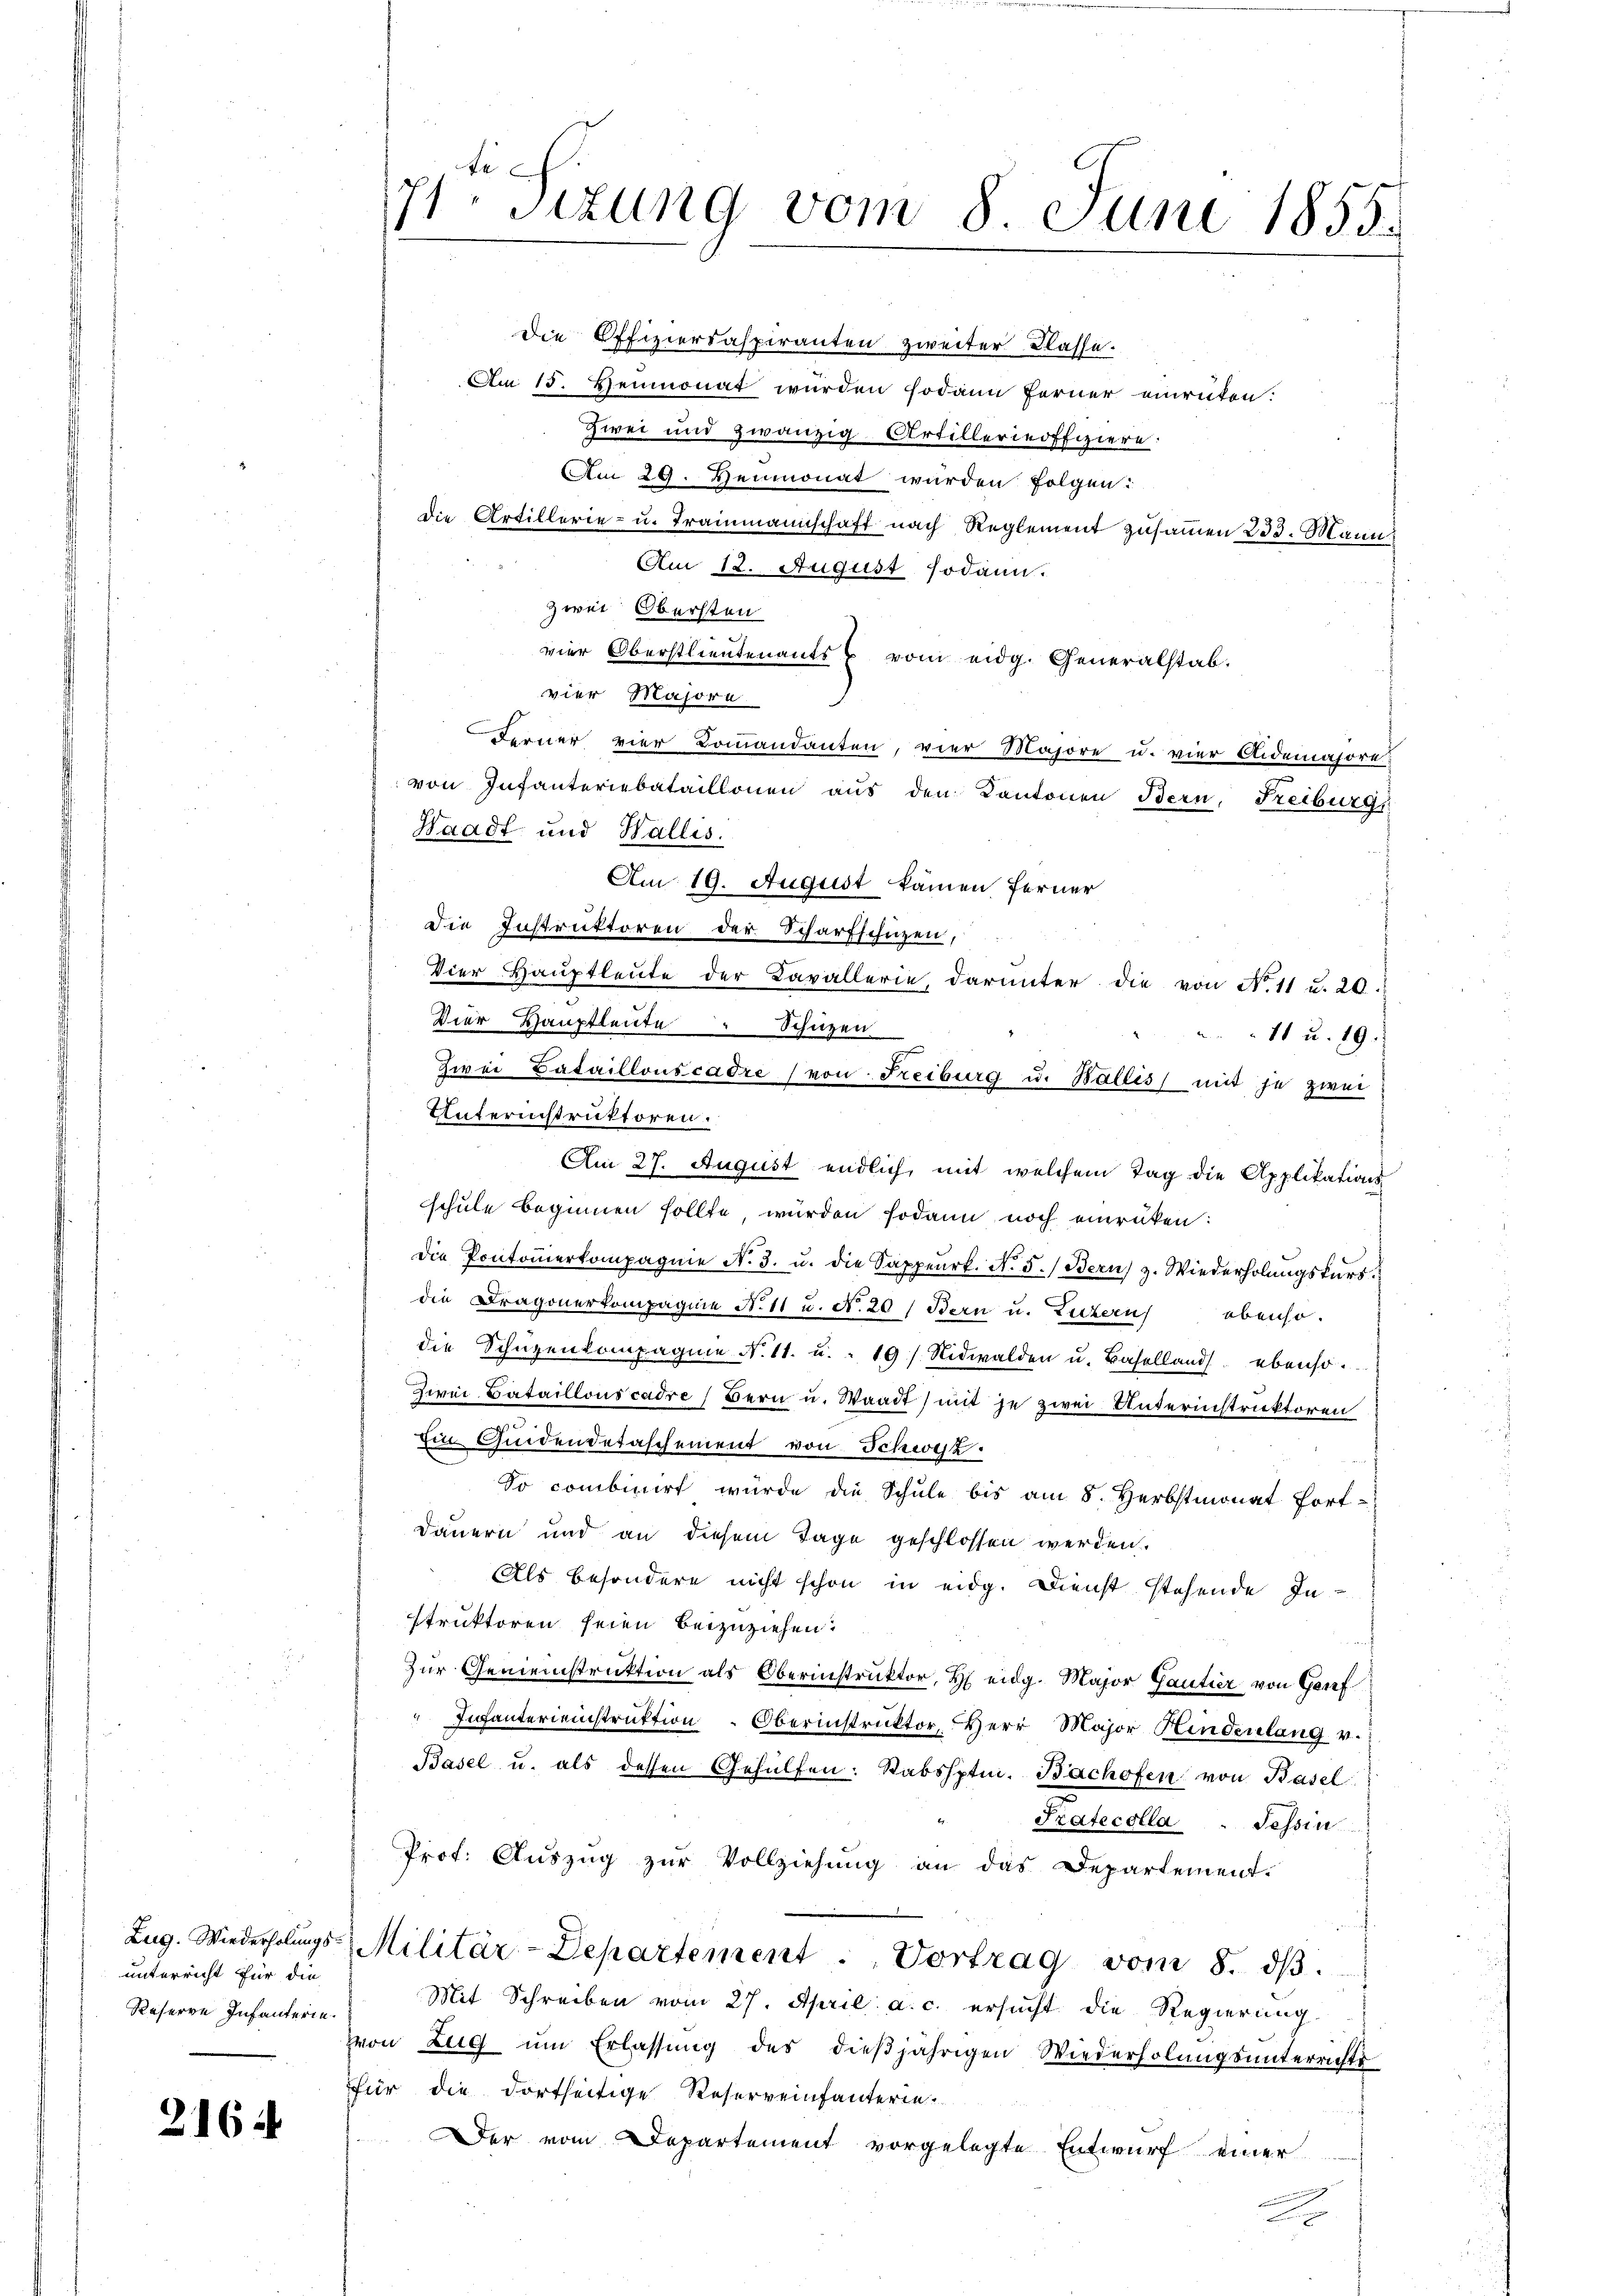
unterricht für die
Reserve Infanterie.

216

te
71. Sizung vom 8. Juni 1855.

Die Offiziersaspiranten zweiter Klasse.
Am 15. Heumonat wurden sodann ferner einrüken.
Zwei und zwanzig-Artillerinoffiziere:
Am 29. Heumonat wurden folgen:
Die Artillerie- u. Trainmannschaft nach Reglement zusammen 233. Mann
Am 12. August sodann.
zwei Obersten
vier Oberstlieutenants u vom eidg. Generalstab.
vier Majore
Ferner vier Kommandanten, vier Majore u. vier Aidemajore
von Infanteriebataillonen aus den Kantonen Bern, Freiburgi
Waadt und Wallis.
Am 19. August kamen ferner
die Instruktoren der Scharfschüzen,
Vier Haŭptleŭte der Cavallerie, darunter die von N. 11 u. 20.
Dier Hauptleute Schüzen
11 u. 19.
Zwei Bataillonscadre (von Freiburg u. Balles mit je zwei
Unferinstruktoren.
Am 27. August endlich mit welchem Tag die Applikations-
schule beginnen sollte, wurden sodann noch einrüken:
die Pontoṁerkompagnie N. 3. u. die Sappeurk. N. 5.) Bern, z. Wiederholungskursdie Dragonerkompagnie N. 11 u. N. 20) Bern u. Luzern obenso.
die Schüzenkompagnie N. 11. u. . 19) Nidwalden u. Baselland ebenso.
Zwei Bataillonscadre (Bern u. Waadt) mit je zwei Unterinstruktoren
.
Ein Quidendetaschement von Schwyz.
So combinirt würde die Schule bis am 8. Herbstmonat Fort-
Dauern und an diesem Tage geschlossen werden.
Als besondere nicht schon in eidg. Dienst stehende In-
struktoren seien beizuziehen.
Zur Gemeinstruktion als Oberinstruktor, H. eidg. Major Gautier von Genf
" Infanterienstruktion Oberinstruktor Herr Major Hinderlang v.
Basel u. als dessen Gehülfen: Stabshptm. Bachofen von Basel
Pratecolla : Tessin
Prof. Auszug zur Vollziehung an das Departement.
Lŭg. Wiederholŭngs-, Militär-Departement . Vortrag vom 8. dβ.
Mit Schreiben vom 27. April a. c. ersucht die Regierung
von Zŭg ŭm Erlassŭng des dieβjährigen Wiederholŭngsŭnterrichts
für die dortseitige Reserveinfanterin¬
Der vom Departement vorgelegte Entwurf einer
m
 nennen
x